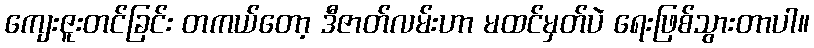
ကျေးဇူးတင်ခြင်း တကယ်တော့ ဒီဇာတ်လမ်းဟာ မထင်မှတ်ပဲ ရေးဖြစ်သွားတာပါ။